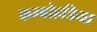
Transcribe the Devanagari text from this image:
कम्बोहडिया